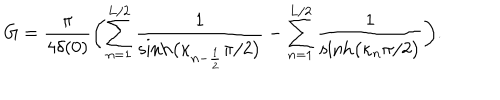
G = \frac { \pi } { 4 \delta ( 0 ) } \biggl ( \sum _ { n = 1 } ^ { L / 2 } \frac { 1 } { \sinh \bigl ( \kappa _ { n - \frac 1 2 } \pi / 2 \bigr ) } - \sum _ { n = 1 } ^ { L / 2 } \frac { 1 } { \sinh \bigl ( \kappa _ { n } \pi / 2 \bigr ) } \biggr ) .